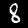
Digit: 8